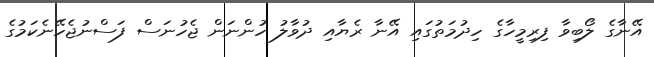
އޭނާގެ ލޯބިވާ ފިރިމީހާގެ ހިދުމަތުގައި އޭނާ ރެޔާއި ދުވާލު ހުންނަން ޖެހުނަސް ފަސްނުޖެހޭނެކަމުގެ